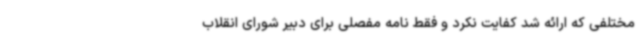
مختلفی که ارائه شد کفایت نکرد و فقط نامه مفصلی برای دبیر شورای انقلاب